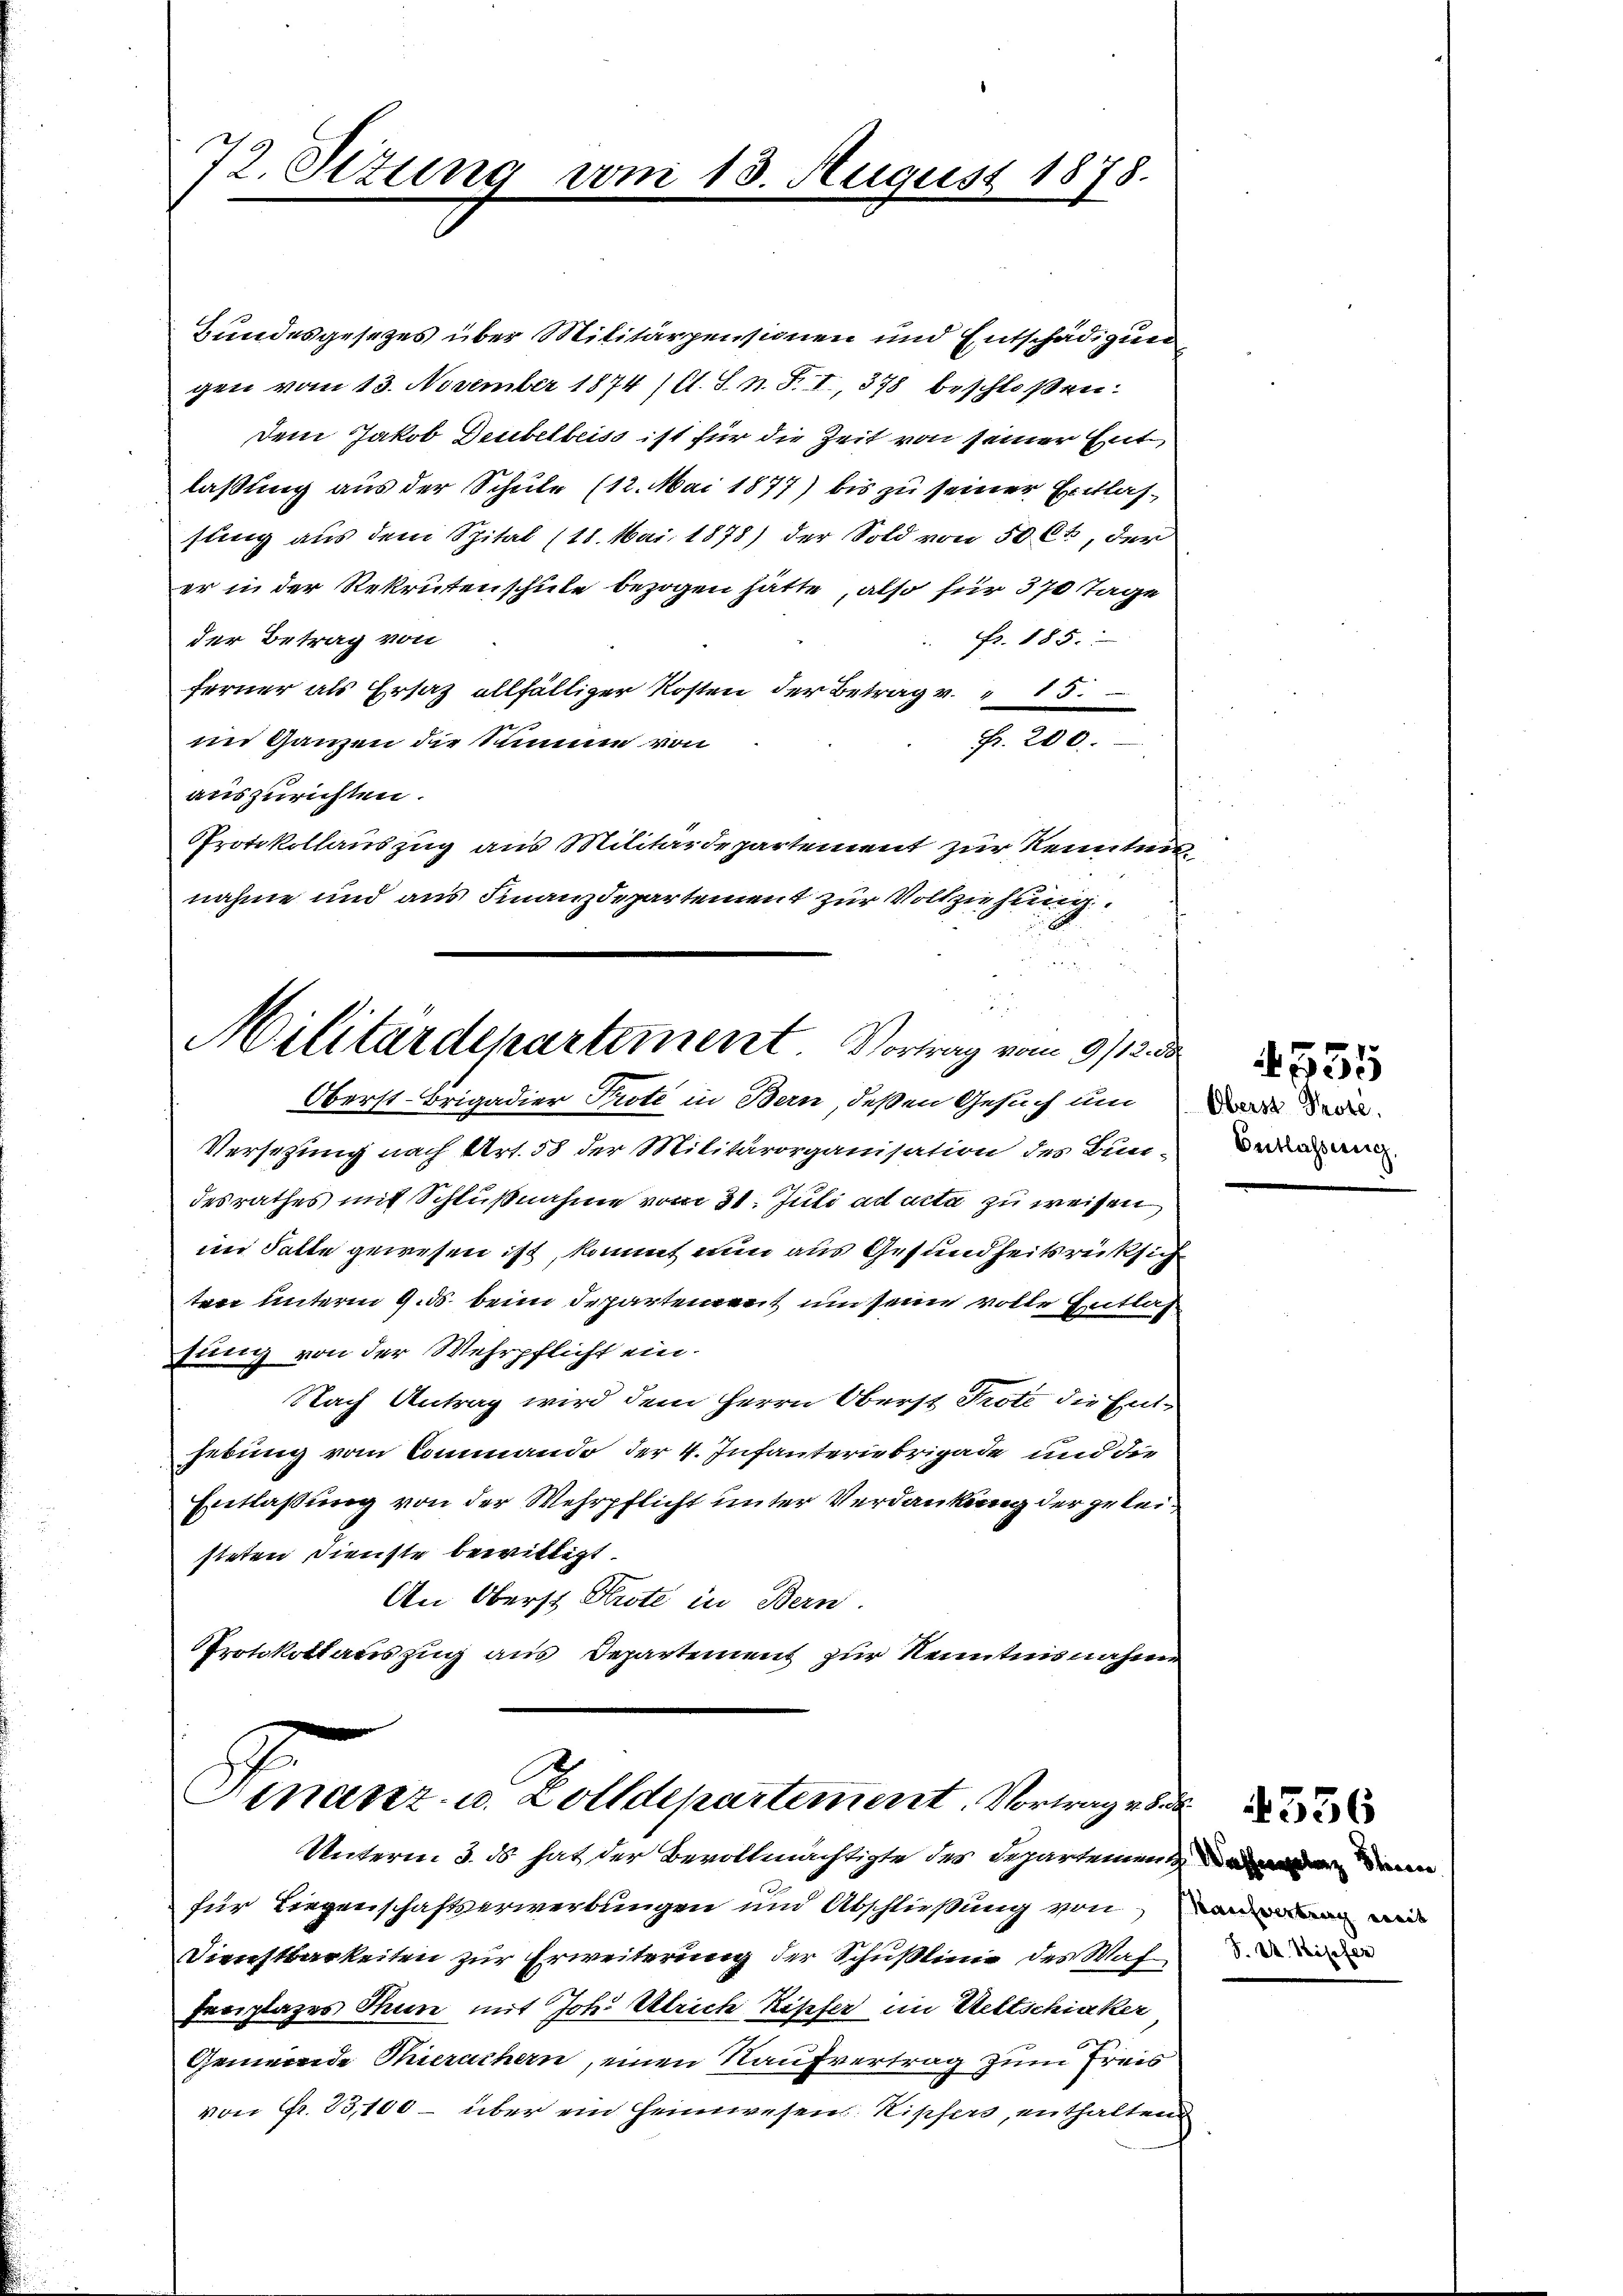
Bundesgesezes über Militärpensionen und Entschädigung
gen vom 13. November 1874 (s. S. n. F. I, 378 beschloßen:
dem Jakob Deubelbeiss ist für die Zeit von seiner Entlaßung aus der Schule (12. Mai 1877) bis zu seiner Entlassung aus dem Spital (18. Mai 1878) der Sold von 50 Ct., der
er in der Rekrutenschule bezogen hätte, also für 370 Tage
fr. 185.
der Betrag von
ferner als Ersatz allfälliger Kosten der Betrag v. 15.
Fr. 200.
im Ganzen die Summe von
auszurichten.
Protokollauszug aus Militärdepartement zur Kenntnis
nahme und aus Finanzdepartement zur Vollziehung

72. Sizung vom 13. August 1878.

Militärdepartement. Vortrag vom 9/12. d.
Oberst-Brigadier Prote in Bern, deßen Gesuch um

Versetzung nach Art. 58 der Militärorganisation des Bun-
desrathes mit Schlußnahme vom 31. Juli ad acta zu weisen
im Falte gewesen ist, kommt nun aus Gesundheitsrücksich
taxe unterm 9. ds. beim Departement um seine volle Entlas
tung von der Wehrpflicht ein¬
Nach Antrag wird dem Herrn Oberst Prote die Enthebung vom Commando der 4. Infanteriebrigade und die
Entlaßung von der Wehrpflicht unter Verdankung der geleisteten Dienste bewilligt.
An Oberst Prote in Bern.
Protokollauszug aus Departement zur Kenntnisnahme

Finanz. u. Zolldepartement. Vorwegen
Unterm 3. ds hat der Bevollmächtigte des Departement der den

für Liegenschaftserwerbungen und Abschließung von
Dienstbarkeiten zur Erweiterung der Schußlinie des Waf
Periplazes Thun mit Joh. Ulrich Kipfer im Weltschicker
Gemeinde Thierachern, einen Kaufvertrag zum Freis
von Fr. 23,100 – über ein Heimwesen Kipfers, enthalten

Oberst Prote.
Entlassung,

F. De

555

4556

d